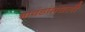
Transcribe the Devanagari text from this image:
भावंडांमधली